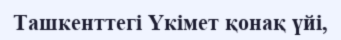
Ташкенттегі Үкімет қонақ үйі,